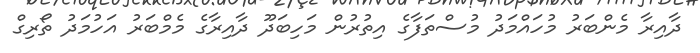
ދާއިރާ މެންބަރު މުހައްމަދު މުސްތަފާގެ އިތުރުން މަހިބަދޫ ދާއިރާގެ މެމްބަރު އަހުމަދު ތޯރިގް